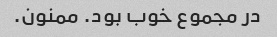
در مجموع خوب بود. ممنون.